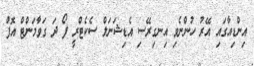
އިންޑިއާގައި އޭރު ހުންނެވި އިނގިރޭސި އެޑިޝަނަލް ސެކެޓްރީ ފޯ ދަ ގަވާމަންޓް އޮފް